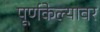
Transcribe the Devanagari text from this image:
पूर्णकेल्यावर